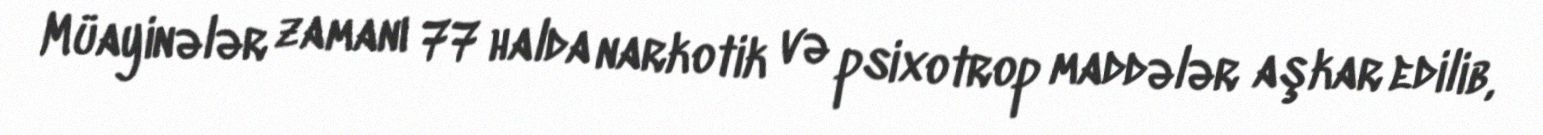
Müayinələr zamanı 77 halda narkotik və psixotrop maddələr aşkar edilib,